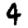
Digit: 4